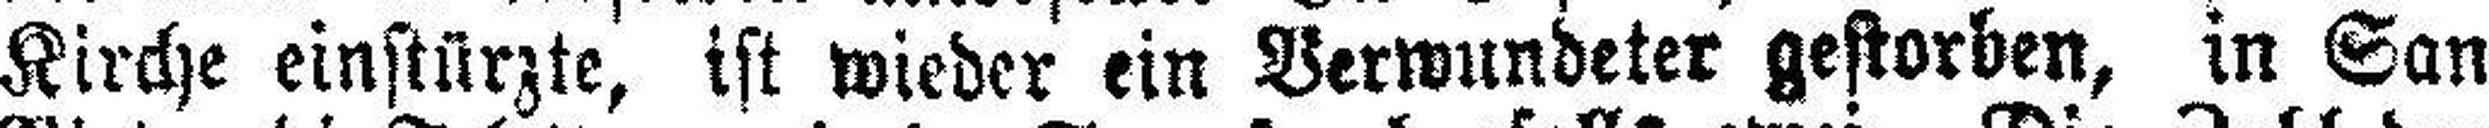
Kirche einstürzte, ist wieder ein Verwundeter gestorben, in San